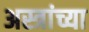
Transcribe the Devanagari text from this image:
अस्त्रांच्या